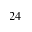
2 4